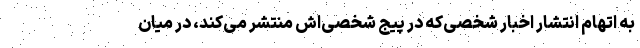
به اتهام انتشار اخبار شخصی‌که در پیج شخصی‌اش منتشر می‌کند، در میان